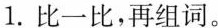
1.比一比，再组词。